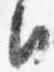
日